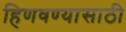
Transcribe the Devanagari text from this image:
हिणवण्यासाठी